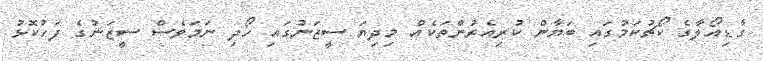
ގާޑިއޯލާގެ ކޯޗުކަމުގައި ބަޔާން ކުރިއެރުންތަކެއް މިދިޔަ ސީޒަނުގައި ހޯދި ނަމަވެސް ސީޒަނުގެ ފަހުކޮޅު